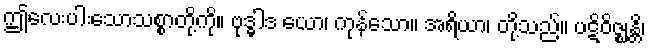
ဤလေးပါးသောသစ္စာတို့ကို။ ဗုဒ္ဓါဒ ယော၊ ကုန်သော။ အရိယာ၊ တို့သည်။ ပဋိဝိဇ္ဈန္တိ၊